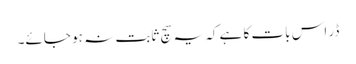
ڈر اس بات کا ہے کہ یہ سچ ثابت نہ ہو جائے۔